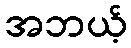
အဘယ့်